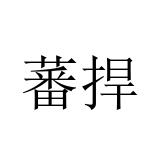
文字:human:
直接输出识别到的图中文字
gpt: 蕃捍